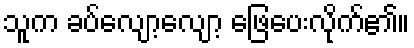
သူက ခပ်လျော့လျော့ ဖြေပေးလိုက်၏။